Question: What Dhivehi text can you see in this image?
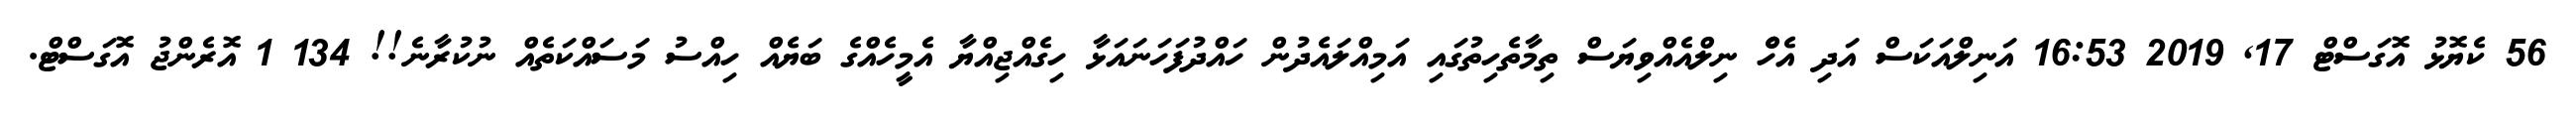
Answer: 56 ކެޔޮޅު އޮގަސްޓް 17, 2019 16:53 އަނިލްއަކަސް އަދި އެހެް ނިލްއެއްވިޔަސް ތިމާތެހިތުގައި އަމިއްލައެދުން ހައްދުފަހަނައަޅާ ހިގެއްޖިއްޔާ އެމީހެއްގެ ބަޔެއް ހިއްސު މަސައްކަތެއް ނުކުރާނެ!! 134 1 އޮރެންޖު އޮގަސްޓް.